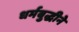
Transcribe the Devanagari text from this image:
धर्मबुद्धीने